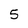
Character: 5